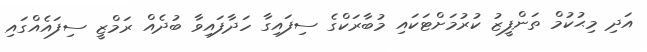
އަދި މިޙުކުމް ތަންފީޒު ކުރުމަށްޓަކައި މުބާރަކްގެ ސިފައިގާ ހަދާފައިވާ ބުދެއް ރަމްޒީ ސިފައެއްގައި